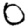
Digit: 0